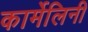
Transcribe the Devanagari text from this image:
कार्मेलिनी